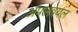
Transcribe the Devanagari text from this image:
अंपलवयल